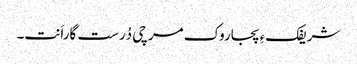
شریفکءِ پجاروک مرچی دُرست گاراَنت۔